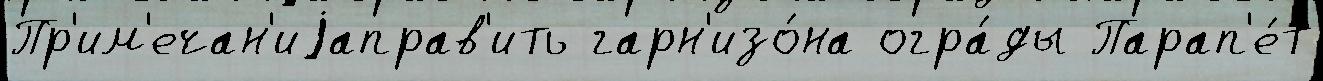
Пр'им'ечан'иjаправ'ить гарн'изо́на огра́ды Парап'е́т